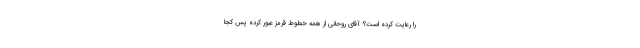
را رعایت کرده است؟ آقای روحانی از همه خطوط قرمز عبور کرده پس کجا